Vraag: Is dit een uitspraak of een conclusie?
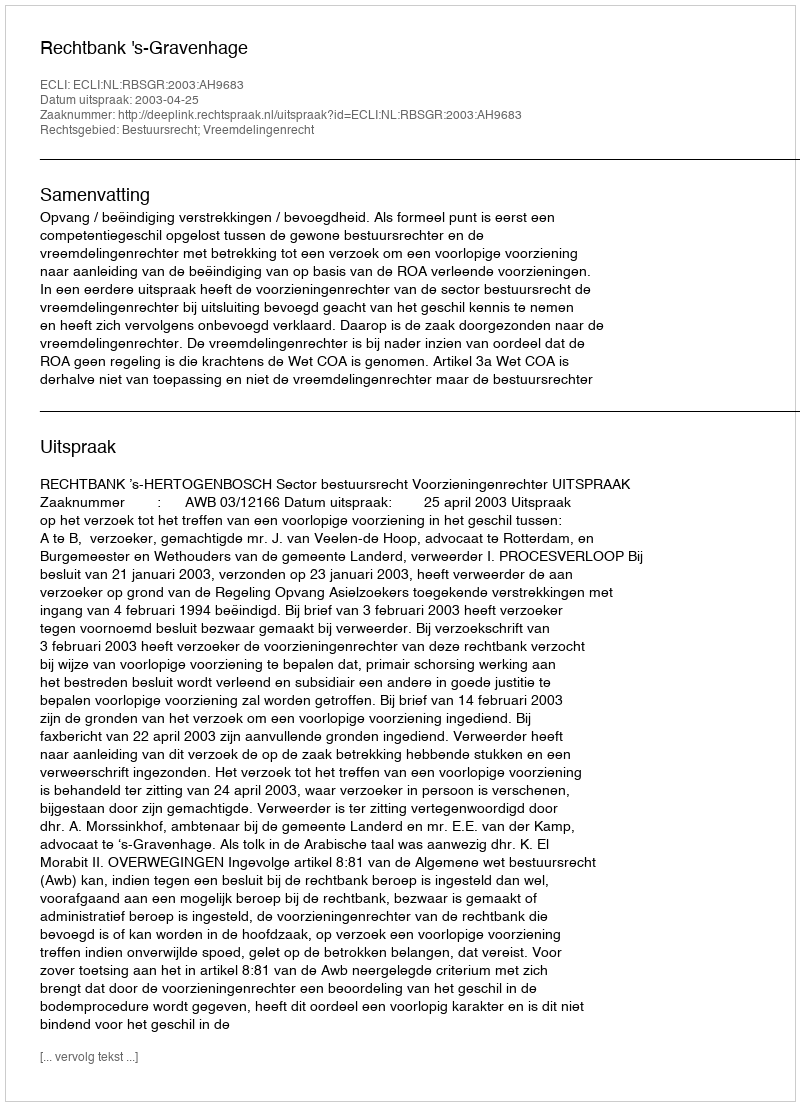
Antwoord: Uitspraak